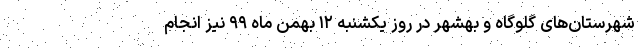
شهرستان‌های گلوگاه و بهشهر در روز یکشنبه ۱۲ بهمن ماه ۹۹ نیز انجام